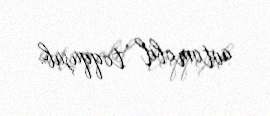
avtomobil toqquşub.